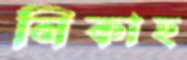
নিকাহ